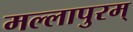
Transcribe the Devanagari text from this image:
मल्लापुरम्